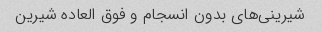
شیرینی‌های بدون انسجام و فوق العاده شیرین